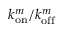
k _ { \mathrm { o n } } ^ { m } / k _ { \mathrm { o f f } } ^ { m }